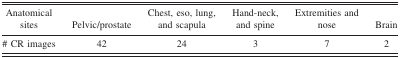
<table><thead><tr><td><b>Anatomical sites</b></td><td><b>Pelvic/prostate</b></td><td><b>Chest, eso, lung, and scapula</b></td><td><b>Hand‐neck, and spine</b></td><td><b>Extremities and nose</b></td><td><b>Brain</b></td></tr></thead><tbody><tr><td># CR images</td><td>42</td><td>24</td><td>3</td><td>7</td><td>2</td></tr></tbody></table>